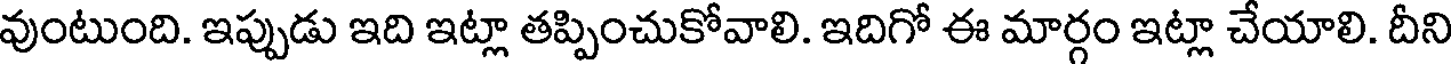
వుంటుంది. ఇప్పుడు ఇది ఇట్లా తప్పించుకోవాలి. ఇదిగో ఈ మార్గం ఇట్లా చేయాలి. దీని